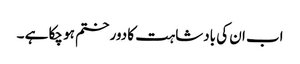
اب ان کی بادشاہت کا دور ختم ہو چکا ہے ۔